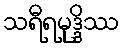
သရီရမုဒ္ဒိဿ